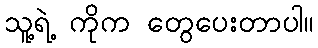
သူ့ရဲ့ ကိုက တွေပေးတာပါ။